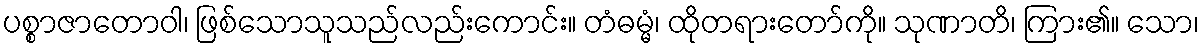
ပစ္စာဇာတောဝါ၊ ဖြစ်သောသူသည်လည်းကောင်း။ တံဓမ္မံ၊ ထိုတရားတော်ကို။ သုဏာတိ၊ ကြား၏။ သော၊